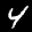
Label: 4